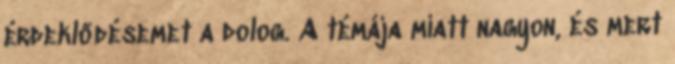
érdeklődésemet a dolog. A témája miatt nagyon, és mert